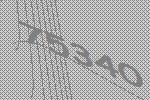
75340